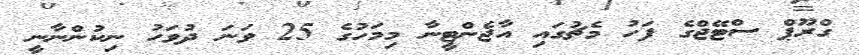
ގްރޫޕް ސްޓޭޖްގެ ފަހު މެޗުގައި އާޖެންޓީނާ މިމަހުގެ 25 ވަނަ ދުވަހު ނިކުންނާނީ